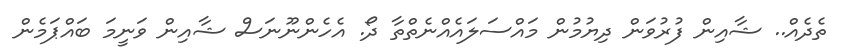
ތެދެއް.. ޝާއިން ފުރުވަން ދިޔުމުން މައްސަލައެއްނެތްތާ ދޯ. އެހެންނޫނަސް ޝާއިން ވަނީމަ ބައްޕަމެން